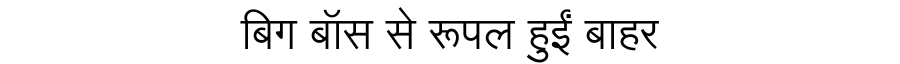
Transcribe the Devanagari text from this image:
बिग बॉस से रूपल हुईं बाहर